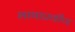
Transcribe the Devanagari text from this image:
भाषाप्रवीण